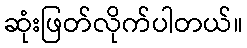
ဆုံးဖြတ်လိုက်ပါတယ်။